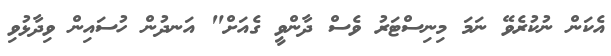
އެކަން ނުކުރެވޭ ނަމަ މިނިސްޓަރު ވެސް ދާންވީ ގެއަށް" އަނދުން ހުސައިން ވިދާޅުވި